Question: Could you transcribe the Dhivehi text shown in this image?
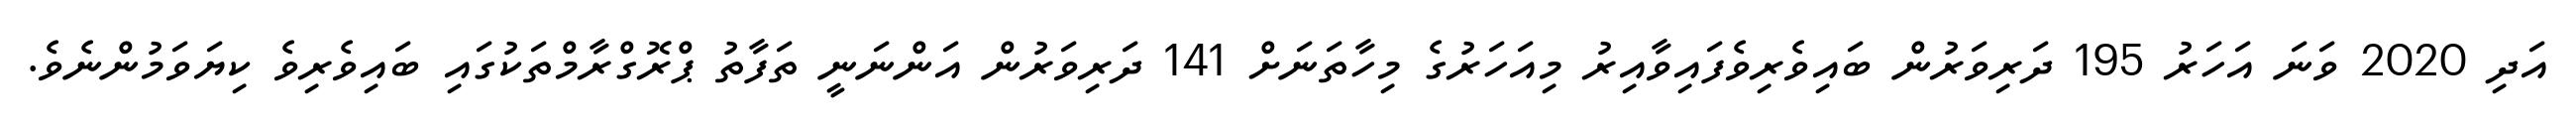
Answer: އަދި 2020 ވަނަ އަހަރު 195 ދަރިވަރުން ބައިވެރިވެފައިވާއިރު މިއަހަރުގެ މިހާތަނަށް 141 ދަރިވަރުން އަންނަނީ ތަފާތު ޕްރޮގްރާމްތަކުގައި ބައިވެރިވެ ކިޔަވަމުންނެވެ.